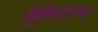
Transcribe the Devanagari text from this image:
जूलिएटच्या